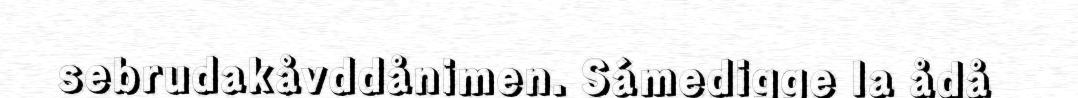
sebrudakåvddånimen. Sámedigge la ådå